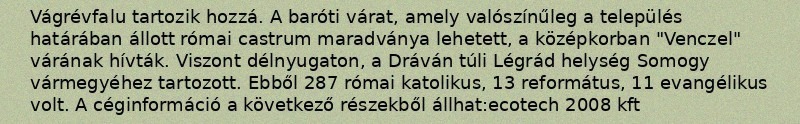
Vágrévfalu tartozik hozzá. A baróti várat, amely valószínűleg a település határában állott római castrum maradványa lehetett, a középkorban "Venczel" várának hívták. Viszont délnyugaton, a Dráván túli Légrád helység Somogy vármegyéhez tartozott. Ebből 287 római katolikus, 13 református, 11 evangélikus volt. A céginformáció a következő részekből állhat:ecotech 2008 kft